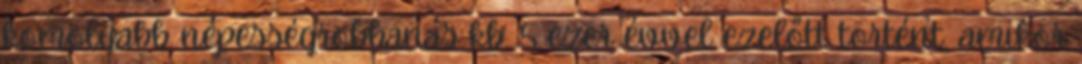
komolyabb népességrobbanás kb. 5 ezer évvel ezelőtt történt, amikor